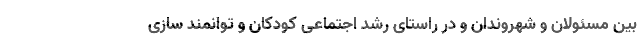
بین مسئولان و شهروندان و در راستای رشد اجتماعی کودکان و توانمند سازی